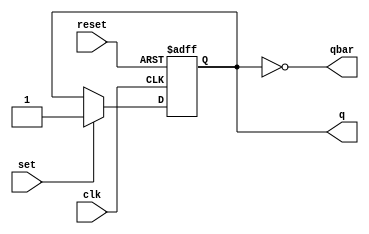
module sr_ff (
    input clk,
    input reset,
    input set,
    output reg q,
    output reg qbar
);

always @(posedge clk or posedge reset) begin
    if (reset)
        q <= 0;
    else if (set)
        q <= 1;
end

always @(*) begin
    qbar <= ~q;
end

endmodule